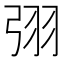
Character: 𭚰